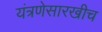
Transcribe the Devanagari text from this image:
यंत्रणेसारखीच